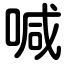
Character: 喊